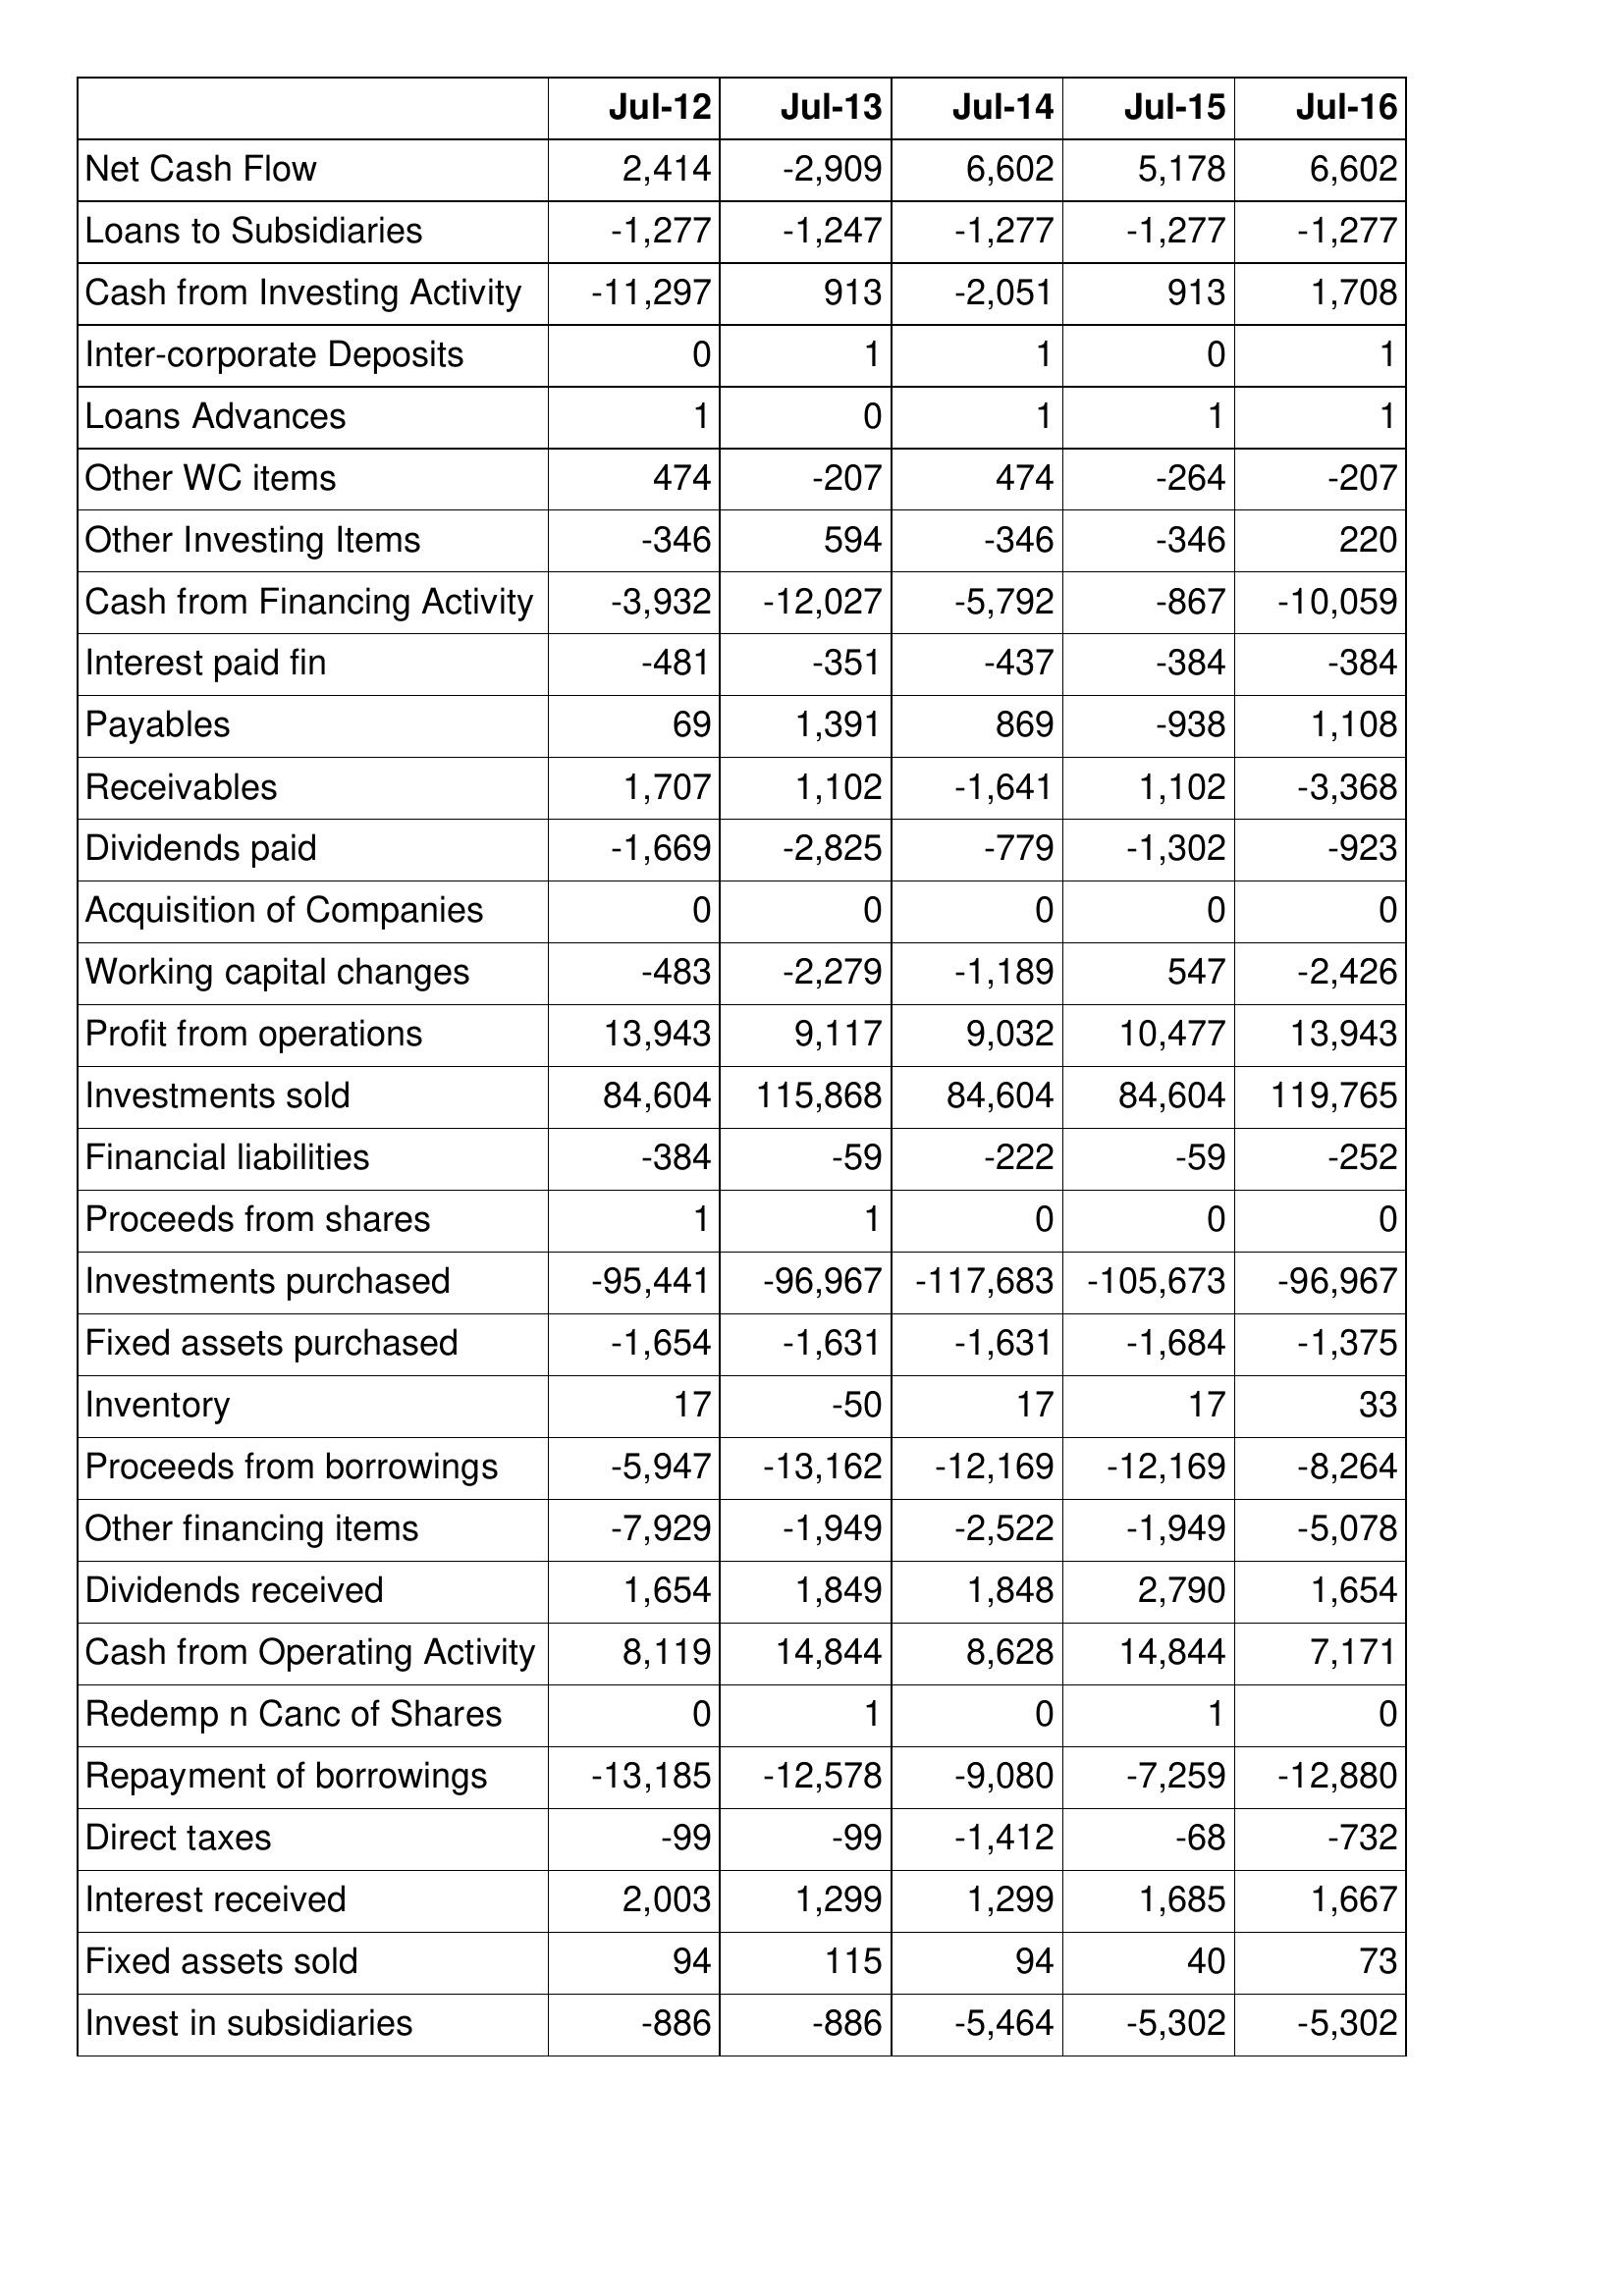
Jul-12: Cash Flows: Net Cash Flow: 2,414
Loans to Subsidiaries: -1,277
Cash from Investing Activity: -11,297
Inter-corporate Deposits: 0
Loans Advances: 1
Other WC items: 474
Other Investing Items: -346
Cash from Financing Activity: -3,932
Interest paid fin: -481
Payables: 69
Receivables: 1,707
Dividends paid: -1,669
Acquisition of Companies: 0
Working capital changes: -483
Profit from operations: 13,943
Investments sold: 84,604
Financial liabilities: -384
Proceeds from shares: 1
Investments purchased: -95,441
Fixed assets purchased: -1,654
Inventory: 17
Proceeds from borrowings: -5,947
Other financing items: -7,929
Dividends received: 1,654
Cash from Operating Activity: 8,119
Redemp n Canc of Shares: 0
Repayment of borrowings: -13,185
Direct taxes: -99
Interest received: 2,003
Fixed assets sold: 94
Invest in subsidiaries: -886
Jul-13: Cash Flows: Net Cash Flow: -2,909
Loans to Subsidiaries: -1,247
Cash from Investing Activity: 913
Inter-corporate Deposits: 1
Loans Advances: 0
Other WC items: -207
Other Investing Items: 594
Cash from Financing Activity: -12,027
Interest paid fin: -351
Payables: 1,391
Receivables: 1,102
Dividends paid: -2,825
Acquisition of Companies: 0
Working capital changes: -2,279
Profit from operations: 9,117
Investments sold: 115,868
Financial liabilities: -59
Proceeds from shares: 1
Investments purchased: -96,967
Fixed assets purchased: -1,631
Inventory: -50
Proceeds from borrowings: -13,162
Other financing items: -1,949
Dividends received: 1,849
Cash from Operating Activity: 14,844
Redemp n Canc of Shares: 1
Repayment of borrowings: -12,578
Direct taxes: -99
Interest received: 1,299
Fixed assets sold: 115
Invest in subsidiaries: -886
Jul-14: Cash Flows: Net Cash Flow: 6,602
Loans to Subsidiaries: -1,277
Cash from Investing Activity: -2,051
Inter-corporate Deposits: 1
Loans Advances: 1
Other WC items: 474
Other Investing Items: -346
Cash from Financing Activity: -5,792
Interest paid fin: -437
Payables: 869
Receivables: -1,641
Dividends paid: -779
Acquisition of Companies: 0
Working capital changes: -1,189
Profit from operations: 9,032
Investments sold: 84,604
Financial liabilities: -222
Proceeds from shares: 0
Investments purchased: -117,683
Fixed assets purchased: -1,631
Inventory: 17
Proceeds from borrowings: -12,169
Other financing items: -2,522
Dividends received: 1,848
Cash from Operating Activity: 8,628
Redemp n Canc of Shares: 0
Repayment of borrowings: -9,080
Direct taxes: -1,412
Interest received: 1,299
Fixed assets sold: 94
Invest in subsidiaries: -5,464
Jul-15: Cash Flows: Net Cash Flow: 5,178
Loans to Subsidiaries: -1,277
Cash from Investing Activity: 913
Inter-corporate Deposits: 0
Loans Advances: 1
Other WC items: -264
Other Investing Items: -346
Cash from Financing Activity: -867
Interest paid fin: -384
Payables: -938
Receivables: 1,102
Dividends paid: -1,302
Acquisition of Companies: 0
Working capital changes: 547
Profit from operations: 10,477
Investments sold: 84,604
Financial liabilities: -59
Proceeds from shares: 0
Investments purchased: -105,673
Fixed assets purchased: -1,684
Inventory: 17
Proceeds from borrowings: -12,169
Other financing items: -1,949
Dividends received: 2,790
Cash from Operating Activity: 14,844
Redemp n Canc of Shares: 1
Repayment of borrowings: -7,259
Direct taxes: -68
Interest received: 1,685
Fixed assets sold: 40
Invest in subsidiaries: -5,302
Jul-16: Cash Flows: Net Cash Flow: 6,602
Loans to Subsidiaries: -1,277
Cash from Investing Activity: 1,708
Inter-corporate Deposits: 1
Loans Advances: 1
Other WC items: -207
Other Investing Items: 220
Cash from Financing Activity: -10,059
Interest paid fin: -384
Payables: 1,108
Receivables: -3,368
Dividends paid: -923
Acquisition of Companies: 0
Working capital changes: -2,426
Profit from operations: 13,943
Investments sold: 119,765
Financial liabilities: -252
Proceeds from shares: 0
Investments purchased: -96,967
Fixed assets purchased: -1,375
Inventory: 33
Proceeds from borrowings: -8,264
Other financing items: -5,078
Dividends received: 1,654
Cash from Operating Activity: 7,171
Redemp n Canc of Shares: 0
Repayment of borrowings: -12,880
Direct taxes: -732
Interest received: 1,667
Fixed assets sold: 73
Invest in subsidiaries: -5,302